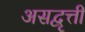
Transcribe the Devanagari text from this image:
असद्वृत्ती